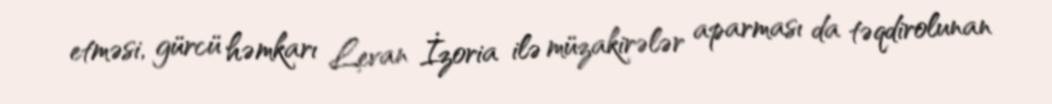
etməsi, gürcü həmkarı Levan İzoria ilə müzakirələr aparması da təqdirolunan